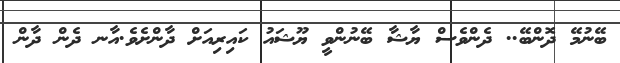
ބޭނުމޭ ދޮންބޭ.. ދެންވެސް ޔާޝާ ބޭނުންވީ ޔޫޝައު ކައިރިއަށް ދާންށެވެ.އާނ ދެން ދާން